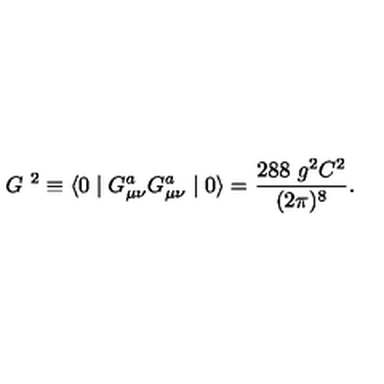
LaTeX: G \ ^ { 2 } \equiv \langle 0 \mid G _ { \mu \nu } ^ { a } G _ { \mu \nu } ^ { a } \mid 0 \rangle = \frac { 2 8 8 \ g ^ { 2 } C ^ { 2 } } { ( 2 \pi ) ^ { 8 } } .